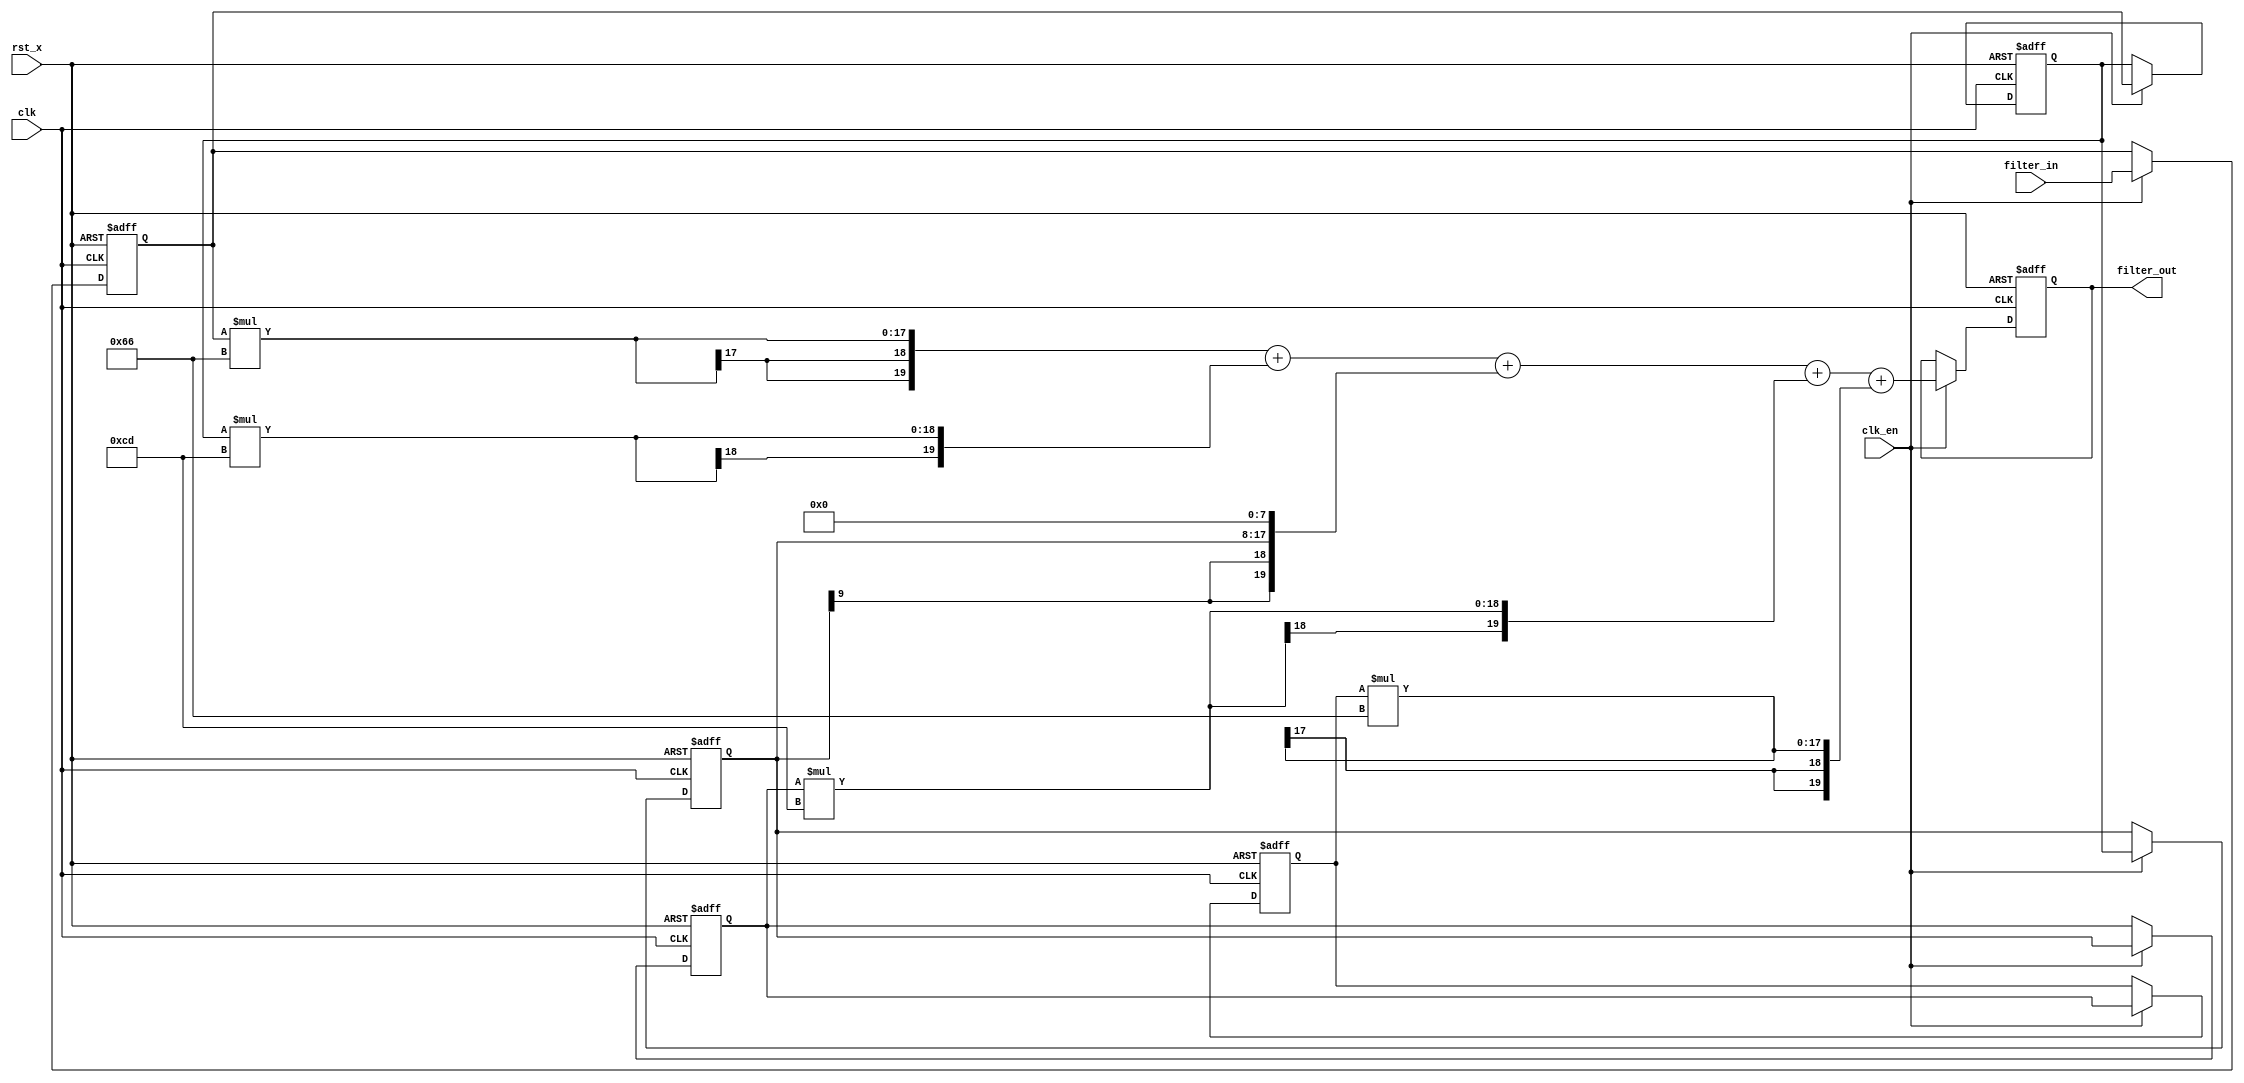

`timescale 1ns/1ps
module FIR_5taps(
input   clk, 
input   clk_en, 
input   rst_x, 
input   signed [9:0] filter_in,  //sfix10_En9
output reg signed [19:0] filter_out );//sfix20_En17
//  Constants
parameter signed [9:0] coeff1 = 10'b0001100110; //sfix10_En8
parameter signed [9:0] coeff2 = 10'b0011001101; //sfix10_En8
parameter signed [9:0] coeff3 = 10'b0100000000; //sfix10_En8
parameter signed [9:0] coeff4 = 10'b0011001101; //sfix10_En8
parameter signed [9:0] coeff5 = 10'b0001100110; //sfix10_En8
// internal Signals
reg  signed [9:0] delay_pipeline [0:4] ; // sfix10_En9
wire signed [19:0] sum; // sfix20_En17

//  
always @( posedge clk or negedge rst_x)
  if(!rst_x) begin
    delay_pipeline[0] <= 0;
    delay_pipeline[1] <= 0;
    delay_pipeline[2] <= 0;
    delay_pipeline[3] <= 0;
    delay_pipeline[4] <= 0;
  end
  else if (clk_en == 1'b1) begin
      delay_pipeline[0] <= filter_in;
      delay_pipeline[1] <= delay_pipeline[0];
      delay_pipeline[2] <= delay_pipeline[1];
      delay_pipeline[3] <= delay_pipeline[2];
      delay_pipeline[4] <= delay_pipeline[3];
  end
// 54,21
wire [19:0] product5 = delay_pipeline[4] * coeff5;
// 43,21
wire [19:0] product4 = delay_pipeline[3] * coeff4;
// 3,2
wire [19:0] product3 = $signed({delay_pipeline[2][9:0], 8'b00000000});
// 21,21
wire [19:0] product2 = delay_pipeline[1] * coeff2;
// 10,21
wire [19:0] product1 = delay_pipeline[0] * coeff1;
// ,
assign sum=product1+product2+product3+product4+product5;
// 
always @ (posedge clk or negedge rst_x)
    if(!rst_x)
      filter_out <= 0;
    else if (clk_en == 1'b1)
      filter_out <= sum[19:0];
endmodule  // FIR_5taps